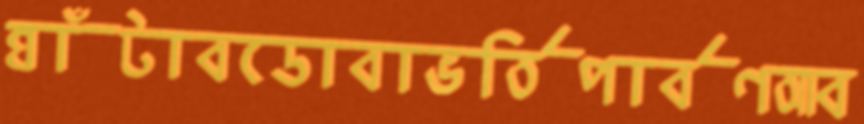
ঘাঁটাবডোবাভর্তিপার্বণআব